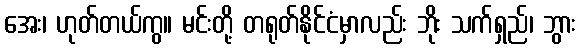
အေး၊ ဟုတ်တယ်ကွ။ မင်းတို့ တရုတ်နိုင်ငံမှာလည်း ဘိုး သက်ရှည်၊ ဘွား